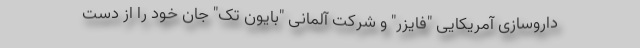
داروسازی آمریکایی "فایزر" و شرکت آلمانی "بایون تک" جان خود را از دست